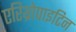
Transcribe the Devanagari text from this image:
एरिथ्रोपाइटिन